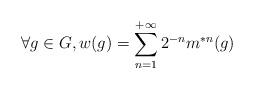
LaTeX: \begin{align*}\forall g\in G,w(g)=\sum_{n=1}^{+\infty}2^{-n}m^{\ast n}(g)\end{align*}